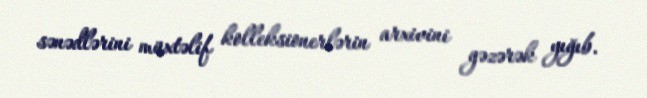
sənədlərini müxtəlif kolleksionerlərin arxivini gəzərək yığıb.